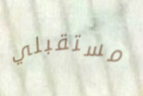
مستقبلي